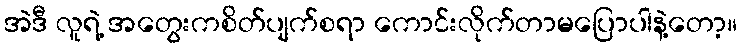
အဲဒီ လူရဲ့ အတွေးကစိတ်ပျက်စရာ ကောင်းလိုက်တာမပြောပါနဲ့တော့။